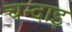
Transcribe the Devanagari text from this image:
चन्दाइ